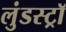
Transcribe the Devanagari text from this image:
लुंडस्ट्राॅ